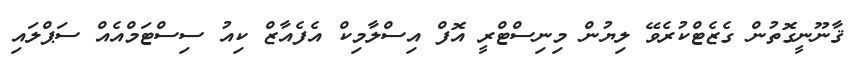
ޤާނޫނީގޮތުން ގެޒެޓްކުރެވޭ ލިޔުން މިނިސްޓްރީ އޮފް އިސްލާމިކް އެފެއާޒް ކިއު ސިސްޓަމްއެއް ސަޕްލައި